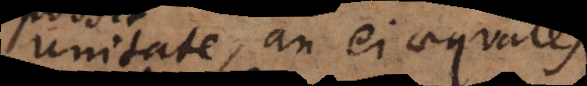
unitate, an ei aequales,